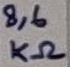
Text: 8,6KΩ